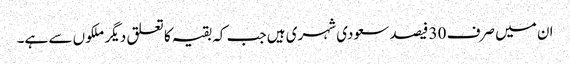
ان میں صرف 30 فیصد سعودی شہری ہیں جب کہ بقیہ کا تعلق دیگر ملکو ں سے ہے۔